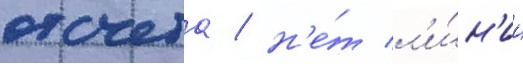
отсчета / н'е́т л'и́н'ии